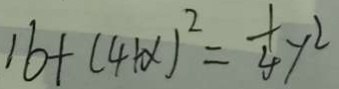
1 6 + ( 4 + x ) ^ { 2 } = \frac { 1 } { 4 } y ^ { 2 }